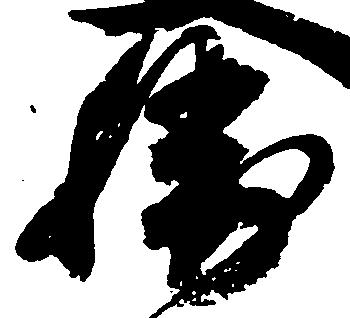
勝